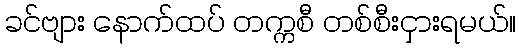
ခင်ဗျား နောက်ထပ် တက္ကစီ တစ်စီးငှားရမယ်။